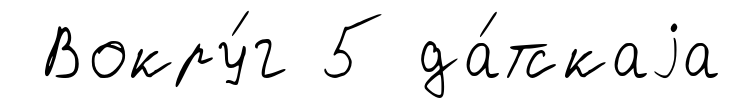
Вокру́г 5 да́тскаjа